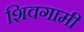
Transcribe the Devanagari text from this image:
शिवगामी